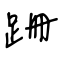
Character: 跚